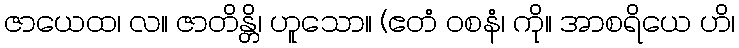
ဇာယေထ၊ လ။ ဇာတိန္တိ၊ ဟူသော။ (ဧတံ ဝစနံ၊ ကို။ အာစရိယေ ဟိ၊